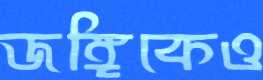
জঙ্গিকেও